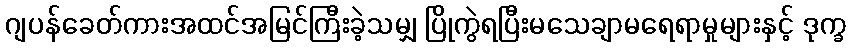
ဂျပန်ခေတ်ကားအထင်အမြင်ကြီးခဲ့သမျှ ပြိုကွဲရပြီးမသေချာမရေရာမှုများနှင့် ဒုက္ခ